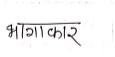
मजकूर: भागाकार